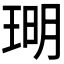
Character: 𪻪